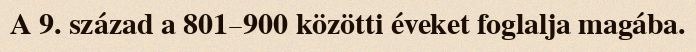
A 9. század a 801–900 közötti éveket foglalja magába.